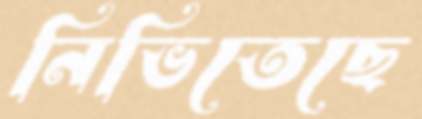
নিভিতেছে